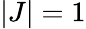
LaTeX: |J|=1